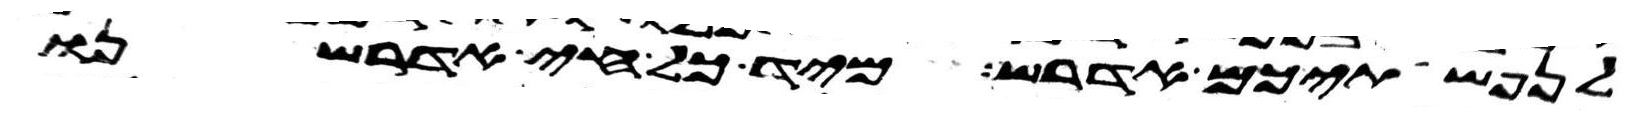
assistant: לנפשתיכם אדרש מיד כל חי אדרשנו